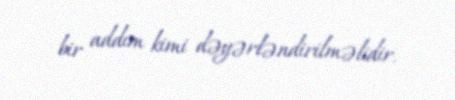
bir addım kimi dəyərləndirilməlidir.